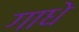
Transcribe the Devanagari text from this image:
गाधे